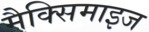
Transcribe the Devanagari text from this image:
मैक्सिमाइज